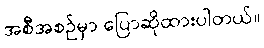
အစီအစဉ်မှာ ပြောဆိုထားပါတယ်။